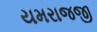
યમરાજજી